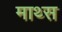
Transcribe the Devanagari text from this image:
माथ्स